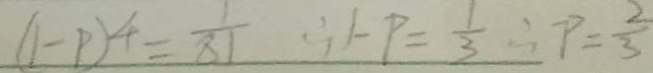
( 1 - P ) ^ { 4 } = \frac { 1 } { 8 1 } \therefore P = \frac { 1 } { 3 } \therefore P = \frac { 2 } { 3 }